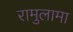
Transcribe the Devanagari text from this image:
रामुलामा